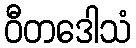
ဝီတဒေါသံ